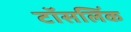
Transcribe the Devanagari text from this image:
टॉसलिंक